Annual report on the Civil Veterinary Department, Burma (including the Insein Veterinary School) - 1923-1931
Year: 1923
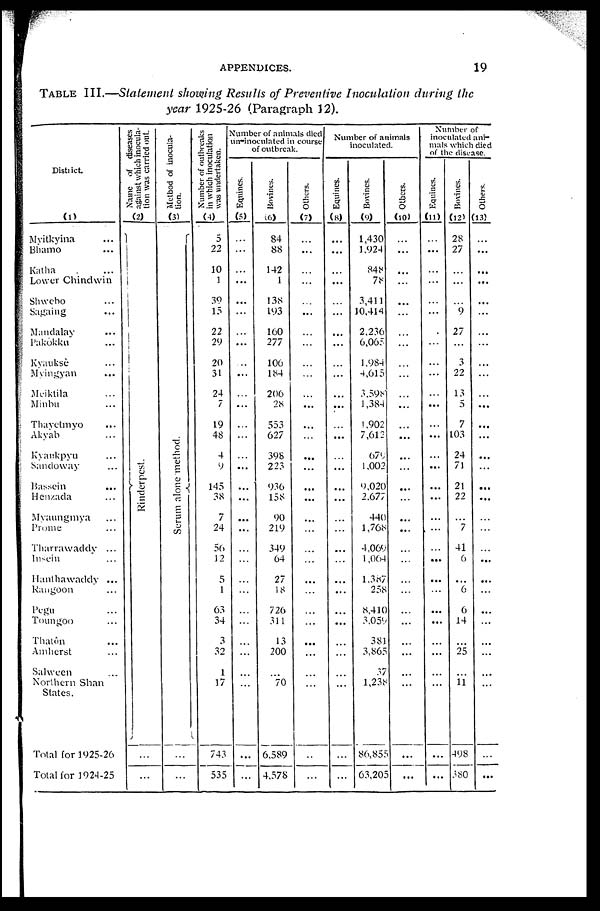
APPENDICES.
19
TABLE III.—Statement showing Results of Preventive Inoculation during the
year 1925-26 (Paragraph 12).
District.
(1)
Myitkyina ...
Blamo ...
Katha ...
Lower Chindwin
Shwcho ...
Saging ...
Mandalay ...
Pakôkku ...
Kyauksè ...
Myingyan ...
Meiktila ...
Minbu ...
Thayetmyo ...
Akyab ...
Kyankpyu ...
Sandoway ...
Bassein ...
Henzada ...
Myaungmya ...
Prome ...
Tharrawaddy ...
Insein ...
Hanthawaddy ...
Rangoon ...
Pegu ...
Toungoo ...
Thatôn ...
Amherst ...
Salween ...
Northern Shan
States.
Total for 1925-26
Total for 1924-25
Name of diseases
against which inocula-
tion was carried out.
(2)
Rinderpest.
...
...
Method of inocula-
tion.
(3)
Se r
um alone method.
...
...
Number of outbreaks
in which inoculation
was undertaken.
(4)
5
22
10
1
39
15
22
29
20
31
24
7
19
48
4
9
145
38
7
24
56
12
5
1
63
34
3
32
1
17
743
535
Number of animals died
un-inoculated in course
of outbreak.
Equines.
(5)
...
...
...
...
...
...
...
...
...
...
...
...
...
...
...
...
...
...
...
...
...
...
...
...
...
...
...
...
...
...
...
...
Bovines.
(6)
84
88
142
1
138
193
160
277
106
184
206
28
553
627
398
223
936
158
90
219
349
64
27
18
726
311
13
200
...
70
6,589
4,578
Others.
(7)
...
...
...
...
...
...
...
...
...
...
...
...
...
...
...
...
...
...
...
...
...
...
...
...
...
...
...
...
...
...
...
...
Number of animals
inoculated.
Equines.
(8)
...
...
...
...
...
...
...
...
...
...
...
...
...
...
...
...
...
...
...
...
...
...
...
...
...
...
...
...
...
...
...
...
Bovines.
(9)
1,430
1,924
848
78
3,411
10,414
2,236
6,065
1,984
4,615
3,598
1,384
1,902
7,612
679
1,002
9,020
2,677
440
1,768
4,069
1,064
1,387
258
8,410
3,059
381
3,865
37
1,238
86,855
63,205
Others.
(10)
...
...
...
...
...
...
...
...
...
...
...
...
...
...
...
...
...
...
...
...
...
...
...
...
...
...
...
...
...
...
...
...
Number of
inoculated ani-
mals which died
of the disease.
Equines.
(11)
...
...
...
...
...
...
...
...
...
...
...
...
...
...
...
...
...
...
...
...
...
...
...
...
...
...
...
...
...
...
...
Bovines.
(12)
28
27
...
...
...
9
27
...
3
22
13
5
7
103
24
71
21
22
...
7
41
6
...
6
6
14
...
25
...
11
498
380
Others.
(13)
...
...
...
...
...
...
...
...
...
...
...
...
...
...
...
...
...
...
...
...
...
...
...
...
...
...
...
...
...
...
...
...